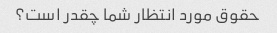
حقوق مورد انتظار شما چقدر است؟